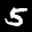
Label: 5